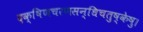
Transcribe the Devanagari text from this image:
दक्षिणचरणसन्धिचतुष्केषु।